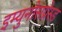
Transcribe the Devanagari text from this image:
इम्युनोसप्रेस्ड